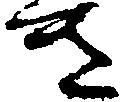
き